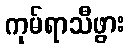
ကုမ်ရာသီဖွား